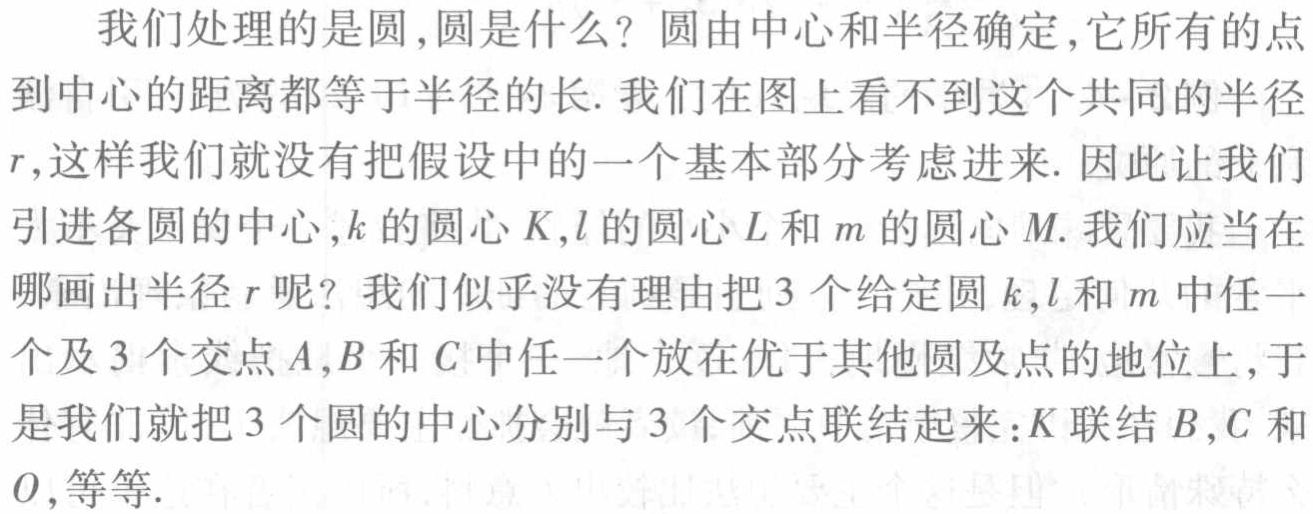
我们处理的是圆,圆是什么？圆由中心和半径确定,它所有的点到中心的距离都等于半径的长. 我们在图上看不到这个共同的半径$r$,这样我们就没有把假设中的一个基本部分考虑进来. 因此让我们引进各圆的中心,$k$的圆心$K$,$l$的圆心$L$和$m$的圆心$M$. 我们应当在哪画出半径$r$呢？我们似乎没有理由把3个给定圆$k$,$l$和$m$中任一个及3个交点$A$,$B$和$C$中任一个放在优于其他圆及点的地位上,于是我们就把3个圆的中心分别与3个交点联结起来：$K$联结$B$,$C$和$O$,等等.